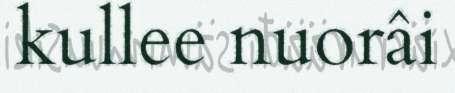
kullee nuorâi